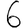
Digit: 6